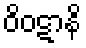
ဝိဝဋာနိ